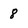
Character: 8